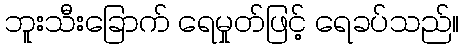
ဘူးသီးခြောက် ရေမှုတ်ဖြင့် ရေခပ်သည်။